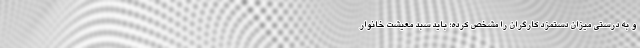
و به درستی میزان دستمزد کارگران را مشخص کرده؛ باید سبد معیشت خانوار